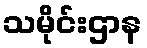
သမိုင်းဌာန